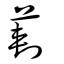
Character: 莿